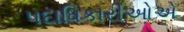
પદાધિકારીઓએ